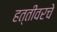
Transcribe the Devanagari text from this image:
हत्तीवरचे